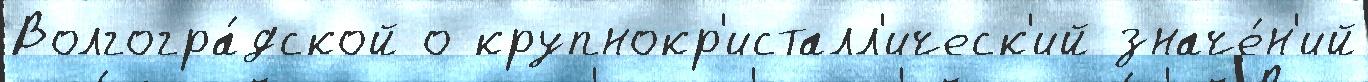
Волгогра́дской о крупнокр'исталл'ическ'ий значе́н'ий